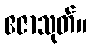
ဧဇာသုတ်။